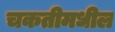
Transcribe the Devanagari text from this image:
चकतीमधील